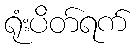
ရုံးပိတ်ရက်